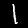
Digit: 1